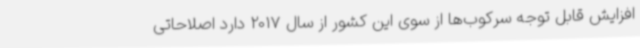
افزایش قابل توجه سرکوب‌ها از سوی این کشور از سال 2017 دارد اصلاحاتی